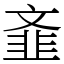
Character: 𲊦